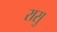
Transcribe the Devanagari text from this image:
रासु